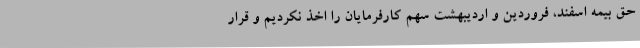
حق بیمه اسفند، فروردین و اردیبهشت سهم کارفرمایان را اخذ نکردیم و قرار